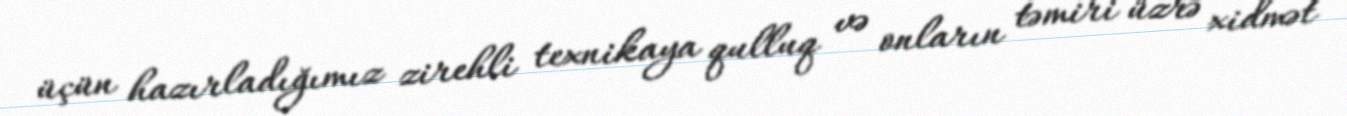
üçün hazırladığımız zirehli texnikaya qulluq və onların təmiri üzrə xidmət